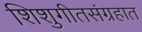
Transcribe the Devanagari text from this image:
शिशुगीतसंग्रहात